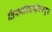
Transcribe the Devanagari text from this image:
तिरुवीददाईमरुदुर